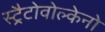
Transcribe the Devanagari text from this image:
स्ट्रैटोवोल्केनो